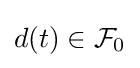
d(t)\in {\mathcal {F}}_{0}